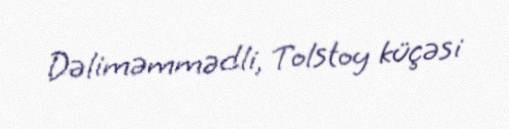
Dəliməmmədli, Tolstoy küçəsi